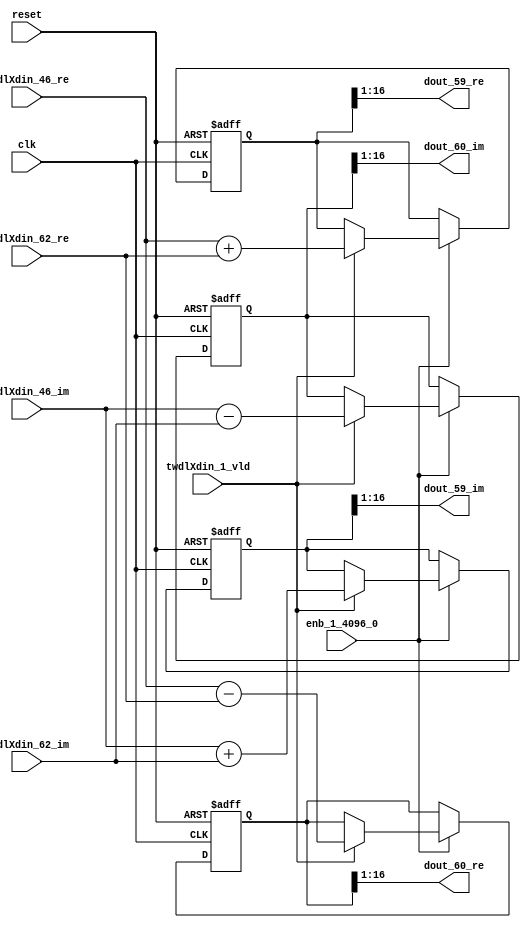
// -------------------------------------------------------------
// 
// 
// Generated by MATLAB 9.14 and HDL Coder 4.1
// 
// -------------------------------------------------------------


// -------------------------------------------------------------
// 
// Module: RADIX22FFT_SDNF1_3_block28
// Source Path: dsphdl.IFFT/RADIX22FFT_SDNF1_3
// Hierarchy Level: 4
// 
// -------------------------------------------------------------

`timescale 1 ns / 1 ns

module RADIX22FFT_SDNF1_3_block28
          (clk,
           reset,
           enb_1_4096_0,
           twdlXdin_46_re,
           twdlXdin_46_im,
           twdlXdin_62_re,
           twdlXdin_62_im,
           twdlXdin_1_vld,
           dout_59_re,
           dout_59_im,
           dout_60_re,
           dout_60_im);


  input   clk;
  input   reset;
  input   enb_1_4096_0;
  input   signed [15:0] twdlXdin_46_re;  // sfix16_En14
  input   signed [15:0] twdlXdin_46_im;  // sfix16_En14
  input   signed [15:0] twdlXdin_62_re;  // sfix16_En14
  input   signed [15:0] twdlXdin_62_im;  // sfix16_En14
  input   twdlXdin_1_vld;
  output  signed [15:0] dout_59_re;  // sfix16_En14
  output  signed [15:0] dout_59_im;  // sfix16_En14
  output  signed [15:0] dout_60_re;  // sfix16_En14
  output  signed [15:0] dout_60_im;  // sfix16_En14


  reg signed [16:0] Radix22ButterflyG1_NF_btf1_re_reg;  // sfix17
  reg signed [16:0] Radix22ButterflyG1_NF_btf1_im_reg;  // sfix17
  reg signed [16:0] Radix22ButterflyG1_NF_btf2_re_reg;  // sfix17
  reg signed [16:0] Radix22ButterflyG1_NF_btf2_im_reg;  // sfix17
  reg  Radix22ButterflyG1_NF_dinXtwdl_vld_dly1;
  reg signed [16:0] Radix22ButterflyG1_NF_btf1_re_reg_next;  // sfix17_En14
  reg signed [16:0] Radix22ButterflyG1_NF_btf1_im_reg_next;  // sfix17_En14
  reg signed [16:0] Radix22ButterflyG1_NF_btf2_re_reg_next;  // sfix17_En14
  reg signed [16:0] Radix22ButterflyG1_NF_btf2_im_reg_next;  // sfix17_En14
  reg  Radix22ButterflyG1_NF_dinXtwdl_vld_dly1_next;
  reg signed [15:0] dout_59_re_1;  // sfix16_En14
  reg signed [15:0] dout_59_im_1;  // sfix16_En14
  reg signed [15:0] dout_60_re_1;  // sfix16_En14
  reg signed [15:0] dout_60_im_1;  // sfix16_En14
  reg  dout_59_vld;
  reg signed [16:0] Radix22ButterflyG1_NF_add_cast;  // sfix17_En14
  reg signed [16:0] Radix22ButterflyG1_NF_add_cast_0;  // sfix17_En14
  reg signed [16:0] Radix22ButterflyG1_NF_sra_temp;  // sfix17_En14
  reg signed [16:0] Radix22ButterflyG1_NF_sub_cast;  // sfix17_En14
  reg signed [16:0] Radix22ButterflyG1_NF_sub_cast_0;  // sfix17_En14
  reg signed [16:0] Radix22ButterflyG1_NF_sra_temp_0;  // sfix17_En14
  reg signed [16:0] Radix22ButterflyG1_NF_add_cast_1;  // sfix17_En14
  reg signed [16:0] Radix22ButterflyG1_NF_add_cast_2;  // sfix17_En14
  reg signed [16:0] Radix22ButterflyG1_NF_sra_temp_1;  // sfix17_En14
  reg signed [16:0] Radix22ButterflyG1_NF_sub_cast_1;  // sfix17_En14
  reg signed [16:0] Radix22ButterflyG1_NF_sub_cast_2;  // sfix17_En14
  reg signed [16:0] Radix22ButterflyG1_NF_sra_temp_2;  // sfix17_En14


  // Radix22ButterflyG1_NF
  always @(posedge clk or posedge reset)
    begin : Radix22ButterflyG1_NF_process
      if (reset == 1'b1) begin
        Radix22ButterflyG1_NF_btf1_re_reg <= 17'sb00000000000000000;
        Radix22ButterflyG1_NF_btf1_im_reg <= 17'sb00000000000000000;
        Radix22ButterflyG1_NF_btf2_re_reg <= 17'sb00000000000000000;
        Radix22ButterflyG1_NF_btf2_im_reg <= 17'sb00000000000000000;
        Radix22ButterflyG1_NF_dinXtwdl_vld_dly1 <= 1'b0;
      end
      else begin
        if (enb_1_4096_0) begin
          Radix22ButterflyG1_NF_btf1_re_reg <= Radix22ButterflyG1_NF_btf1_re_reg_next;
          Radix22ButterflyG1_NF_btf1_im_reg <= Radix22ButterflyG1_NF_btf1_im_reg_next;
          Radix22ButterflyG1_NF_btf2_re_reg <= Radix22ButterflyG1_NF_btf2_re_reg_next;
          Radix22ButterflyG1_NF_btf2_im_reg <= Radix22ButterflyG1_NF_btf2_im_reg_next;
          Radix22ButterflyG1_NF_dinXtwdl_vld_dly1 <= Radix22ButterflyG1_NF_dinXtwdl_vld_dly1_next;
        end
      end
    end

  always @(Radix22ButterflyG1_NF_btf1_im_reg, Radix22ButterflyG1_NF_btf1_re_reg,
       Radix22ButterflyG1_NF_btf2_im_reg, Radix22ButterflyG1_NF_btf2_re_reg,
       Radix22ButterflyG1_NF_dinXtwdl_vld_dly1, twdlXdin_1_vld, twdlXdin_46_im,
       twdlXdin_46_re, twdlXdin_62_im, twdlXdin_62_re) begin
    Radix22ButterflyG1_NF_add_cast = 17'sb00000000000000000;
    Radix22ButterflyG1_NF_add_cast_0 = 17'sb00000000000000000;
    Radix22ButterflyG1_NF_sub_cast = 17'sb00000000000000000;
    Radix22ButterflyG1_NF_sub_cast_0 = 17'sb00000000000000000;
    Radix22ButterflyG1_NF_add_cast_1 = 17'sb00000000000000000;
    Radix22ButterflyG1_NF_add_cast_2 = 17'sb00000000000000000;
    Radix22ButterflyG1_NF_sub_cast_1 = 17'sb00000000000000000;
    Radix22ButterflyG1_NF_sub_cast_2 = 17'sb00000000000000000;
    Radix22ButterflyG1_NF_btf1_re_reg_next = Radix22ButterflyG1_NF_btf1_re_reg;
    Radix22ButterflyG1_NF_btf1_im_reg_next = Radix22ButterflyG1_NF_btf1_im_reg;
    Radix22ButterflyG1_NF_btf2_re_reg_next = Radix22ButterflyG1_NF_btf2_re_reg;
    Radix22ButterflyG1_NF_btf2_im_reg_next = Radix22ButterflyG1_NF_btf2_im_reg;
    Radix22ButterflyG1_NF_dinXtwdl_vld_dly1_next = twdlXdin_1_vld;
    if (twdlXdin_1_vld) begin
      Radix22ButterflyG1_NF_add_cast = {twdlXdin_46_re[15], twdlXdin_46_re};
      Radix22ButterflyG1_NF_add_cast_0 = {twdlXdin_62_re[15], twdlXdin_62_re};
      Radix22ButterflyG1_NF_btf1_re_reg_next = Radix22ButterflyG1_NF_add_cast + Radix22ButterflyG1_NF_add_cast_0;
      Radix22ButterflyG1_NF_sub_cast = {twdlXdin_46_re[15], twdlXdin_46_re};
      Radix22ButterflyG1_NF_sub_cast_0 = {twdlXdin_62_re[15], twdlXdin_62_re};
      Radix22ButterflyG1_NF_btf2_re_reg_next = Radix22ButterflyG1_NF_sub_cast - Radix22ButterflyG1_NF_sub_cast_0;
      Radix22ButterflyG1_NF_add_cast_1 = {twdlXdin_46_im[15], twdlXdin_46_im};
      Radix22ButterflyG1_NF_add_cast_2 = {twdlXdin_62_im[15], twdlXdin_62_im};
      Radix22ButterflyG1_NF_btf1_im_reg_next = Radix22ButterflyG1_NF_add_cast_1 + Radix22ButterflyG1_NF_add_cast_2;
      Radix22ButterflyG1_NF_sub_cast_1 = {twdlXdin_46_im[15], twdlXdin_46_im};
      Radix22ButterflyG1_NF_sub_cast_2 = {twdlXdin_62_im[15], twdlXdin_62_im};
      Radix22ButterflyG1_NF_btf2_im_reg_next = Radix22ButterflyG1_NF_sub_cast_1 - Radix22ButterflyG1_NF_sub_cast_2;
    end
    Radix22ButterflyG1_NF_sra_temp = Radix22ButterflyG1_NF_btf1_re_reg >>> 8'd1;
    dout_59_re_1 = Radix22ButterflyG1_NF_sra_temp[15:0];
    Radix22ButterflyG1_NF_sra_temp_0 = Radix22ButterflyG1_NF_btf1_im_reg >>> 8'd1;
    dout_59_im_1 = Radix22ButterflyG1_NF_sra_temp_0[15:0];
    Radix22ButterflyG1_NF_sra_temp_1 = Radix22ButterflyG1_NF_btf2_re_reg >>> 8'd1;
    dout_60_re_1 = Radix22ButterflyG1_NF_sra_temp_1[15:0];
    Radix22ButterflyG1_NF_sra_temp_2 = Radix22ButterflyG1_NF_btf2_im_reg >>> 8'd1;
    dout_60_im_1 = Radix22ButterflyG1_NF_sra_temp_2[15:0];
    dout_59_vld = Radix22ButterflyG1_NF_dinXtwdl_vld_dly1;
  end



  assign dout_59_re = dout_59_re_1;

  assign dout_59_im = dout_59_im_1;

  assign dout_60_re = dout_60_re_1;

  assign dout_60_im = dout_60_im_1;

endmodule  // RADIX22FFT_SDNF1_3_block28